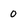
Character: 0